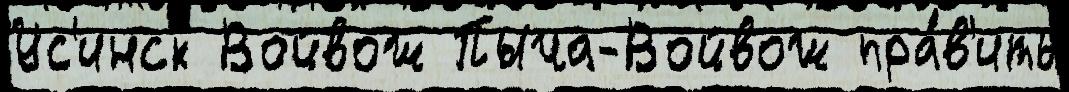
Ус'инск Войвож Пыча-Войвож пра́в'ить